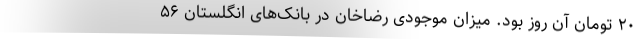
۲۰ تومان آن روز بود. میزان موجودی رضاخان در بانک‌های انگلستان ۵۶